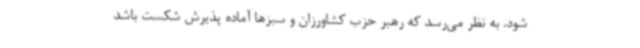
شود. به نظر می‌رسد که رهبر حزب کشاورزان و سبزها آماده پذیرش شکست باشد